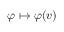
\varphi \mapsto \varphi ( v )